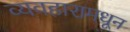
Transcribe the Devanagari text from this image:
व्यवहारामधून